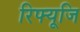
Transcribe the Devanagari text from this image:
रिफ्यूजि